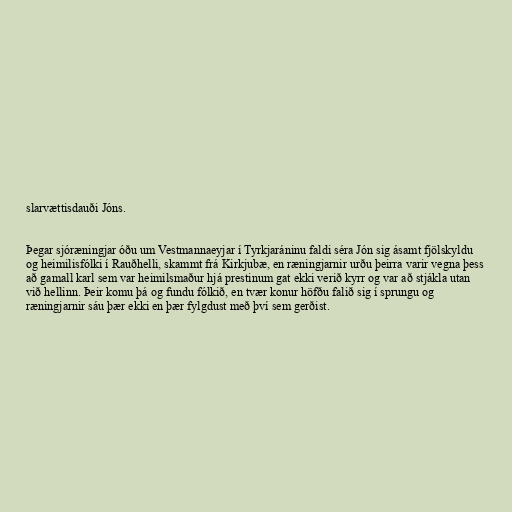
slarvættisdauði Jóns.

Þegar sjóræningjar óðu um Vestmannaeyjar í Tyrkjaráninu faldi séra Jón sig ásamt fjölskyldu
og heimilisfólki í Rauðhelli, skammt frá Kirkjubæ, en ræningjarnir urðu þeirra varir vegna þess
að gamall karl sem var heimilsmaður hjá prestinum gat ekki verið kyrr og var að stjákla utan
við hellinn. Þeir komu þá og fundu fólkið, en tvær konur höfðu falið sig í sprungu og
ræningjarnir sáu þær ekki en þær fylgdust með því sem gerðist.